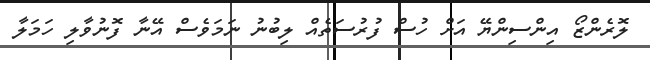
ލޮރެންޒޯ އިންސިންޔޭ އަށް ހުސް ފުރުސަތެއް ލިބުނު ނަމަވެސް އޭނާ ފޮނުވާލި ހަމަލާ